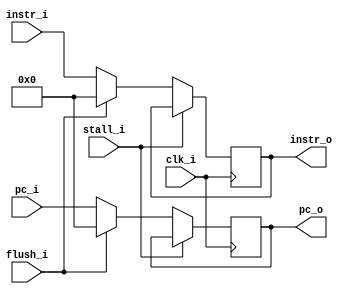
module IF_ID
(
    clk_i,
    stall_i,
    pc_i, 
    instr_i,
    flush_i,
    
    pc_o,
    instr_o,
);

input               clk_i;
input             stall_i;
input    [31:0]      pc_i;
input    [31:0]   instr_i;
input             flush_i; // todo

output   reg   [31:0]      pc_o;
output   reg   [31:0]   instr_o;

always@(posedge clk_i) begin
    if(stall_i) begin  
        pc_o <= pc_o;
        instr_o <= instr_o; 
    end
    else if (flush_i) begin
        pc_o <= 0;
        instr_o <= 0;
    end 
    else begin 
        pc_o <= pc_i;
        instr_o <= instr_i;
    end
end 
endmodule